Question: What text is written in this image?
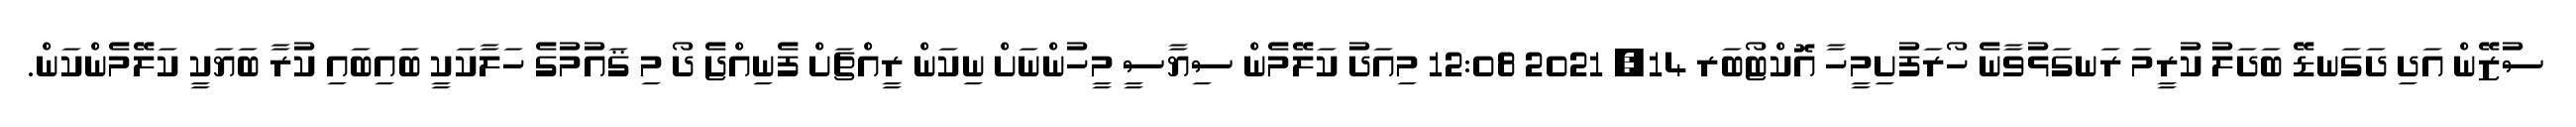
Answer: ސުޒޭން އަދި ދަގަނޑޭ ބަދަލު ކުރީމަ ރަނގަޅުވާނެ ހޯރަފުށިމީހާ އޮކްޓޯބަރ 14, 2021 12:08 މިއަދު ކަލޭމެން ސިޔާސީ މީހުންނަށް ނިކަން ރީއްޗަށް ފެނިއްޖެ ދޯ މި ޤައުމުގެ ހަލާކަކީ ބައިބައި ކުރާ ބަޔަކީ ކަލޭމެންކަން.